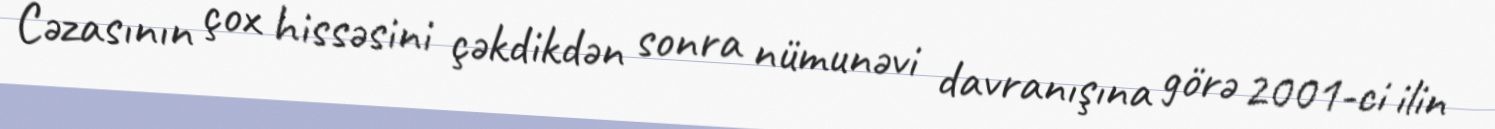
Cəzasının çox hissəsini çəkdikdən sonra nümunəvi davranışına görə 2001-ci ilin